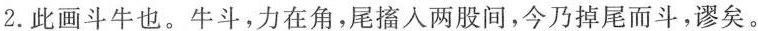
2.此画斗牛也。牛斗，力在角，尾搐入两股间，今乃掉尾而斗，谬矣。